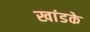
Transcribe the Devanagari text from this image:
खांडके